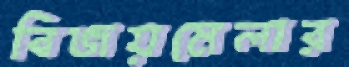
বিজয়মেলার